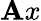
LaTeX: \mathbf{A}x